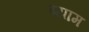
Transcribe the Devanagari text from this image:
ष्याम